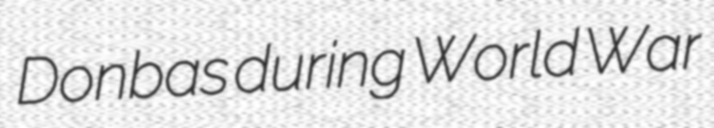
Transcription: Donbas during World War